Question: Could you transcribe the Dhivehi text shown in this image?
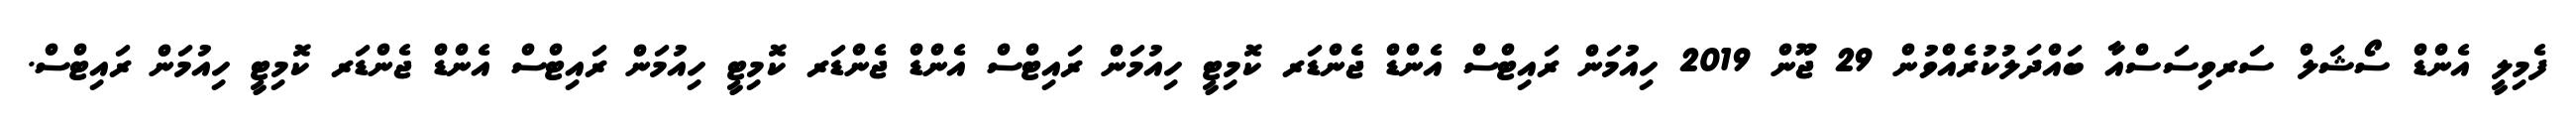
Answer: ފެމިލީ އެންޑް ސޯޝަލް ސަރވިސަސްއާ ބައްދަލުކުރެއްވުން 29 ޖޫން 2019 ހިއުމަން ރައިޓްސް އެންޑް ޖެންޑަރ ކޮމިޓީ ހިއުމަން ރައިޓްސް އެންޑް ޖެންޑަރ ކޮމިޓީ ހިއުމަން ރައިޓްސް އެންޑް ޖެންޑަރ ކޮމިޓީ ހިއުމަން ރައިޓްސް.